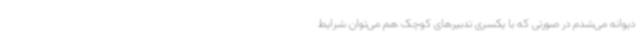
دیوانه می‌شدم در صورتی که با یکسری تدبیرهای کوچک هم می‌توان شرایط